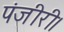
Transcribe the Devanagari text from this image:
पंजीरी।